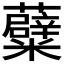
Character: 𮓒